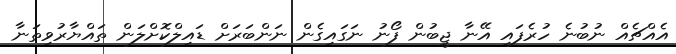
އެއްޗެއް ނުބުނެ ހުރެފައި އޭނާ ޖީބުން ފޯނު ނަގައިގެން ނަންބަރަށް ޑައިލްކޮށްލަން ތައްޔާރުވިތަނާ